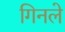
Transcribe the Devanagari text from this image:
गिनले